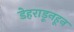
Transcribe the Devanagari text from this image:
डेहराडूनहून